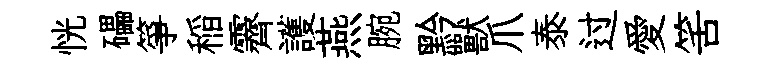
恍礧箏稲霽護燕腕黔獸爪泰过愛筈